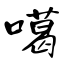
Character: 噶